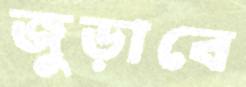
জুড়াবে